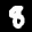
Label: 8